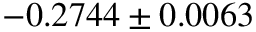
- 0 . 2 7 4 4 \pm 0 . 0 0 6 3